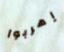
إهربوا